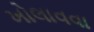
ખોલાવવા